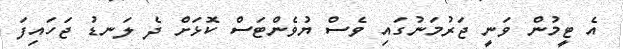
އެ ޓީމުން ވަނީ ޖަރުމަނުގައި ވެސް ޔުވެންޓަސް ކޮޅަށް ދެ ލަނޑު ޖަހައިފަ